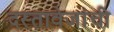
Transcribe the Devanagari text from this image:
दस्तावेजांची